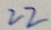
2 2